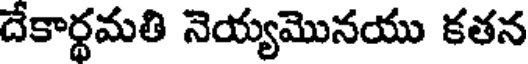
దేకార్థమతి నెయ్యమొనయు కతన